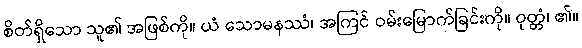
စိတ်ရှိသော သူ၏ အဖြစ်ကို။ ယံ သောမနဿံ၊ အကြင် ဝမ်းမြောက်ခြင်းကို။ ဝုတ္တံ၊ ၏။